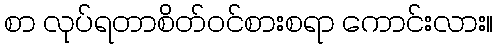
စာ လုပ်ရတာစိတ်ဝင်စားစရာ ကောင်းလား။